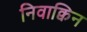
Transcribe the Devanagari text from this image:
निवाक्विन